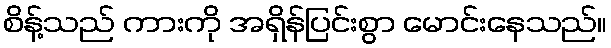
စိန့်သည် ကားကို အရှိန်ပြင်းစွာ မောင်းနေသည်။